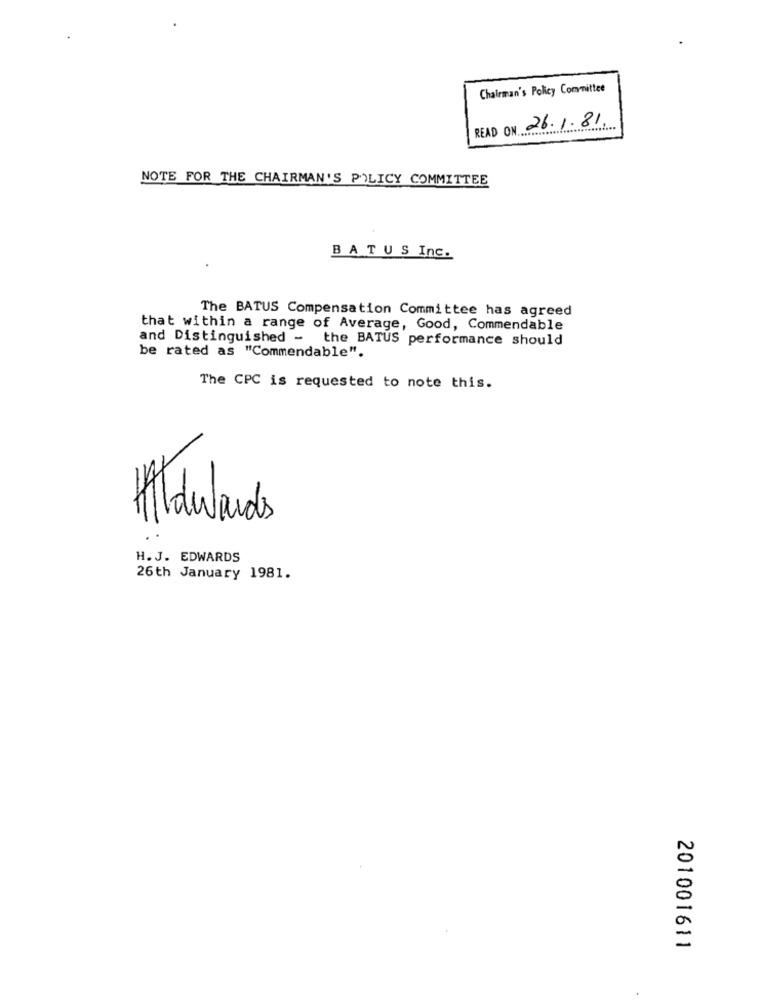
Chairman's Policy Committee
N 26.1.81.
READ ON ............
NOTE FOR THE CHAIRMAN'S POLICY COMMITTEE
BATUS Inc.
The BATUS Compensation Committee has agreed
that within a range of Average, Good, Commendable
and Distinguished - the BATUS performance should
be rated as "Commendable".
The CPC is requested to note this.
HATadwards
H. J. EDWARDS
26th January 1981.
201001611